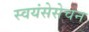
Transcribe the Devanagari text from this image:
स्वयंसेसेचन